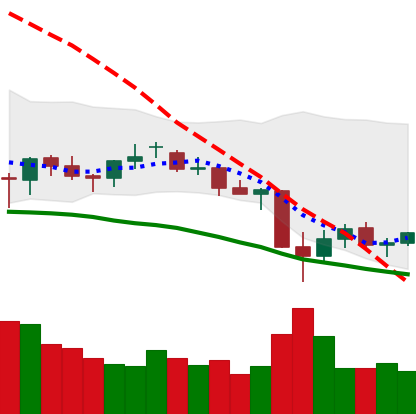
Ticker: LTC-USD
Chart end date: 2021-06-27
Forward return: 3.473%
Label: up_3_5